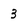
Character: 3